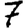
Digit: 7